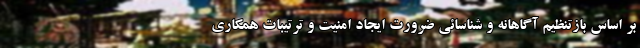
بر اساس بازتنظیم آگاهانه و شناسائی ضرورت ایجاد امنیت و ترتیبات همکاری